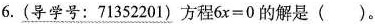
6.(导学号：71352201)方程$$6x=0$$的解是( )。